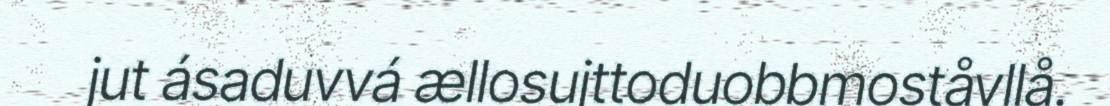
jut ásaduvvá ællosujttoduobbmoståvllå.